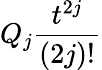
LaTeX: Q_{j}\frac{t^{2j}}{(2j)!}